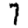
Digit: 7